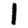
Digit: 1